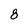
Character: 8